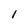
Character: 1